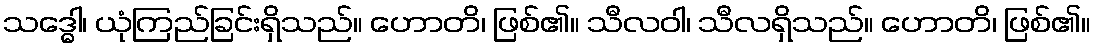
သဒ္ဓေါ၊ ယုံကြည်ခြင်းရှိသည်။ ဟောတိ၊ ဖြစ်၏။ သီလဝါ၊ သီလရှိသည်။ ဟောတိ၊ ဖြစ်၏။